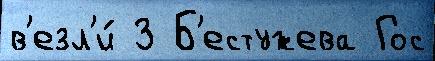
в'езл'и́ З Б'естужева Гос